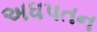
અધપતન